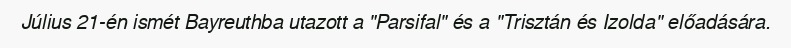
Július 21-én ismét Bayreuthba utazott a "Parsifal" és a "Trisztán és Izolda" előadására.